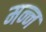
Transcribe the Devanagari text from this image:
मन्न